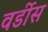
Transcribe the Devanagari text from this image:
वर्डीस